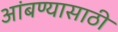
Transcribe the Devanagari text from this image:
आंबण्यासाठी